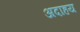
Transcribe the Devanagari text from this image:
अदाहय